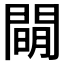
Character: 𨵛